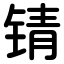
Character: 锖